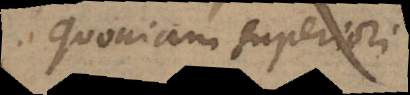
quoniam superiori